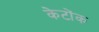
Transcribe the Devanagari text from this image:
केटोंक